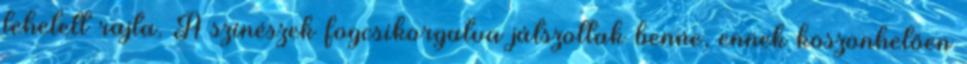
lehetett rajta. A színészek fogcsikorgatva játszottak benne, ennek köszönhetően